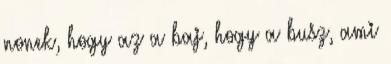
nonek, hogy az a baj, hogy a busz, ami